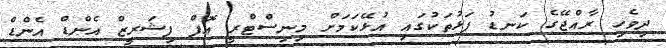
ދިވެހި ރާއްޖޭގެ ކަނޑު ފަޅުތަކުގައި އުޅޭކަމަށް މިނިސްޓްރީ އޮފް ފިޝަރީޒް އެންޑް އެންޑް